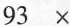
93